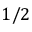
1 / 2